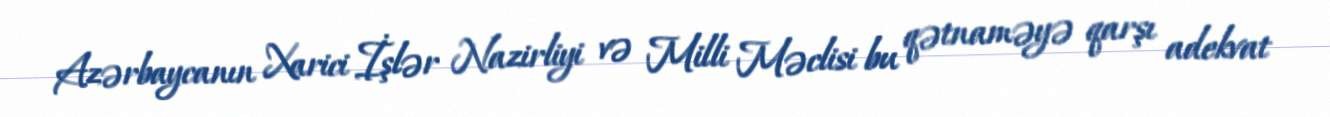
Azərbaycanın Xarici İşlər Nazirliyi və Milli Məclisi bu qətnaməyə qarşı adekvat